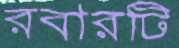
রবারটি